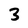
Character: 3